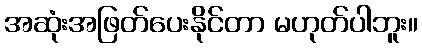
အဆုံးအဖြတ်ပေးနိုင်တာ မဟုတ်ပါဘူး။